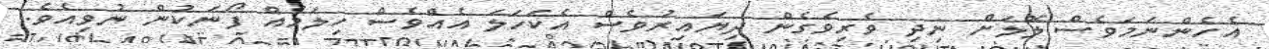
އެހެންނަމަވެސް ލޮލަށް ނިދި ވެރިވެގެން ދިޔައިރުވެސް އެކަހަލަ އެއްވެސް ހިލަމެއް ފޯނަކުން ނުވިއެވެ.